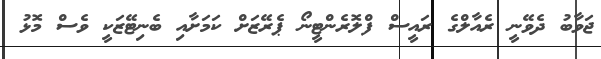
ޖަވާބު ދެވޭނީ ރެއާލްގެ ރައީސް ފްލޮރެންޓީނޯ ޕެރޭޒަށް ކަމަށާއި ބެނިޓޭޒަކީ ވެސް މޮޅު